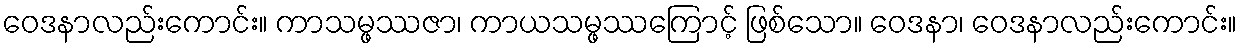
ဝေဒနာလည်းကောင်း။ ကာသမ္ဖဿဇာ၊ ကာယသမ္ဖဿကြောင့် ဖြစ်သော။ ဝေဒနာ၊ ဝေဒနာလည်းကောင်း။